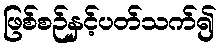
ဖြစ်စဉ်နှင့်ပတ်သက်၍